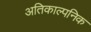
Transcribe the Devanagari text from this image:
अतिकाल्पनिक